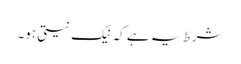
شرط یہ ہے کہ نیک نیتی ہو۔